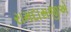
રામદાસજીએ